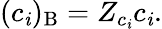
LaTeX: (c_{\mathit{i}})_{\mathrm{{B}}}=Z_{c_{\mathit{i}}}c_{\mathit{i}}.